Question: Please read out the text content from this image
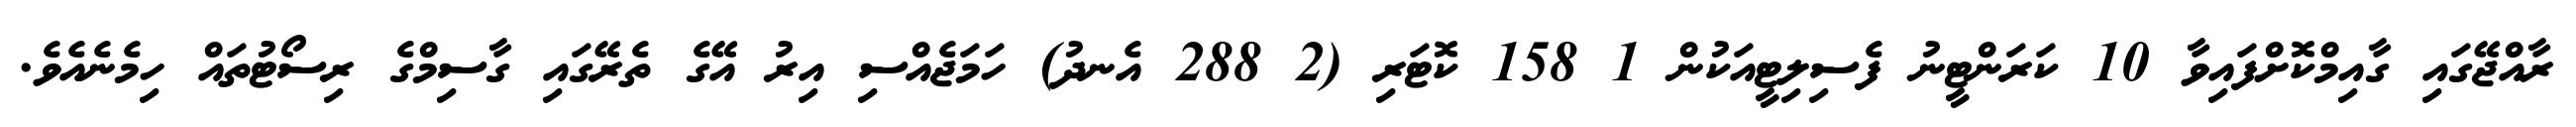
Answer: ރާއްޖޭގައި ގާއިމްކޮށްފައިވާ 10 ކަރަންޓީނު ފެސިލިޓީއަކުން 1 158 ކޮޓަރި (2 288 އެނދު) ހަމަޖެއްސި އިރު އޭގެ ތެރޭގައި ގާސިމްގެ ރިސޯޓުތައް ހިމެނެއެވެ.